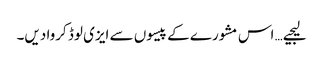
لیجیے… اس مشورے کے پیسوں سے ایزی لوڈ کروا دیں۔